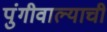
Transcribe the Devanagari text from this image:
पुंगीवाल्याची